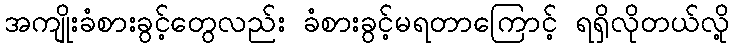
အကျိုးခံစားခွင့်တွေလည်း ခံစားခွင့်မရတာကြောင့် ရရှိလိုတယ်လို့